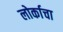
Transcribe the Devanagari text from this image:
लोर्काचा